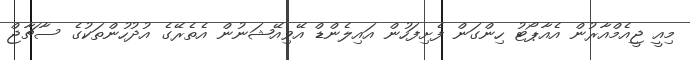
މިއީ ޖީއެމްއާރުން އެއާޕޯޓު ހިންގަން ފެށިފަހުން އައިލެންޑް އޭވިއޭޝަނުން އެތެރޭގެ އުދުހުންތަކުގެ ސާޗާޖް